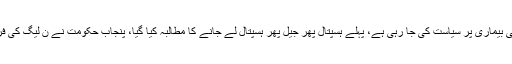
صوبائی وزیر اطلاعات فیاض الحسن چوہان کا کہنا ہے نواز شریف کی بیماری پر سیاست کی جا رہی ہے، پہلے ہسپتال پھر جیل پھر ہسپتال لے جانے کا مطالبہ کیا گیا، پنجاب حکومت نے ن لیگ کی فرمائش پر 5 بورڈ بنائے، تمام میڈیکل بورڈز میں رپورٹس ٹھیک آئیں۔